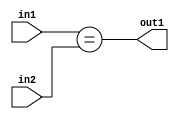
`timescale 1ps / 1ps
/*****************************************************************************
    Verilog RTL Description
    
    
    Created by: Stratus DpOpt 2019.1.01 
*******************************************************************************/

module feature_write_addr_gen_Equal_3Ux1U_1U_1 (
	in2,
	in1,
	out1
	); /* architecture "behavioural" */ 
input [2:0] in2;
input  in1;
output  out1;
wire  asc001;

assign asc001 = (in1==in2);

assign out1 = asc001;
endmodule

/* CADENCE  urnxSgg= : u9/ySgnWtBlWxVPRXgAZ4Og= ** DO NOT EDIT THIS LINE ******/